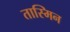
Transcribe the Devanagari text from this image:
तास्मिन